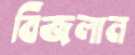
বিজলান